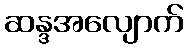
ဆန္ဒအလျောက်